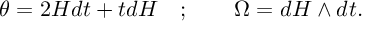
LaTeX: \theta = 2 H d t + t d H \quad ; \qquad \Omega = d H \wedge d t .